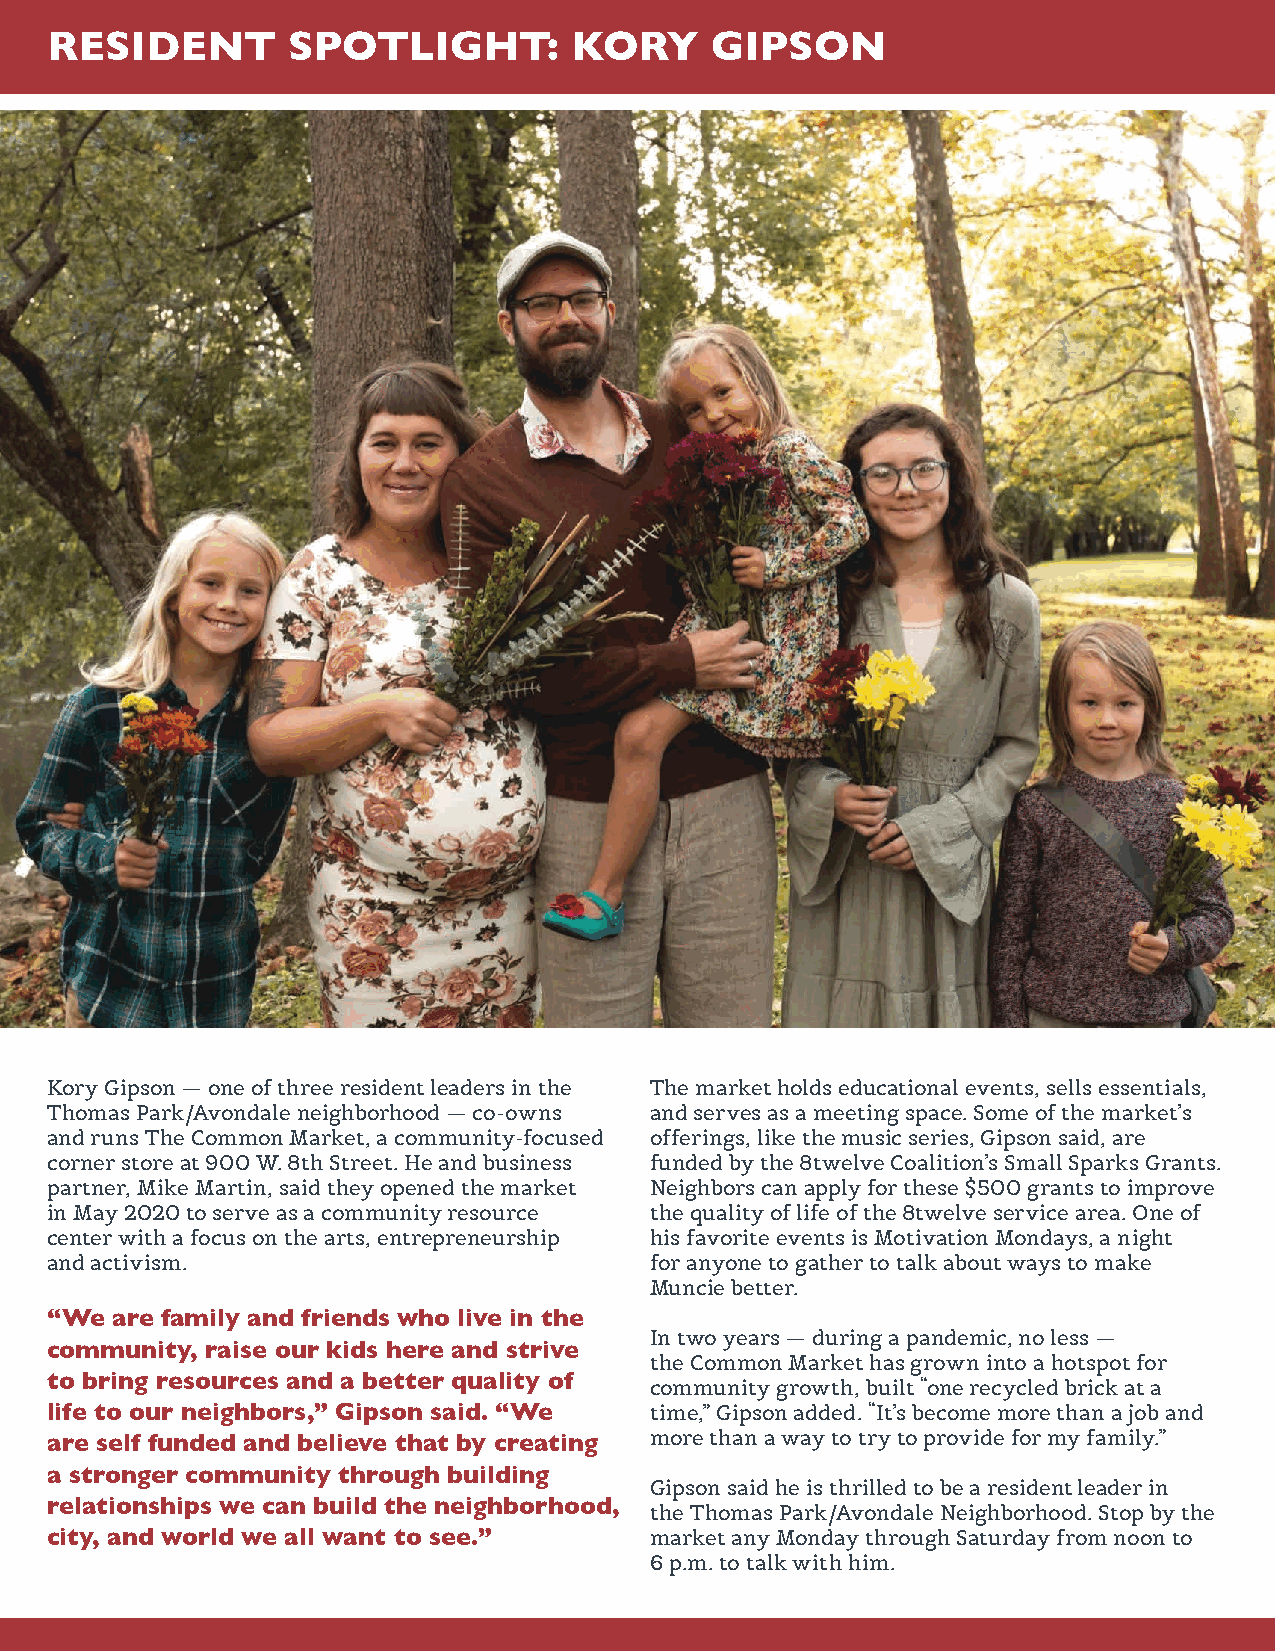
RESIDENT        SPOTLIGHT:         KORY     GIPSON
 Kory Gipson — one of three resident leaders in the The market holds educational events, sells essentials,
 Thomas Park/Avondale neighborhood — co-owns and serves as a meeting space. Some of the market’s
 and runs The Common Market, a community-focused offerings, like the music series, Gipson said, are
 corner store at 900 W. 8th Street. He and business funded by the 8twelve Coalition’s Small Sparks Grants.
 partner, Mike Martin, said they opened the market Neighbors can apply for these $500 grants to improve
 in May 2020 to serve as a community resource the quality of life of the 8twelve service area. One of
 center with a focus on the arts, entrepreneurship his favorite events is Motivation Mondays, a night
 and activism.                           for anyone to gather to talk about ways to make
 Muncie better.
 “We are family and friends who live in the
 In two years — during a pandemic, no less —
 community, raise our kids here and strive
 the Common Market has grown into a hotspot for
 to bring resources and a better quality of community growth, built “one recycled brick at a
 life to our neighbors,” Gipson said. “We time,” Gipson added. “It’s become more than a job and
 more than a way to try to provide for my family.”
 are self funded and believe that by creating
 a stronger community through building
 Gipson said he is thrilled to be a resident leader in
 relationships we can build the neighborhood, the Thomas Park/Avondale Neighborhood. Stop by the
 city, and world we all want to see.”    market any Monday through Saturday from noon to
 6 p.m. to talk with him.